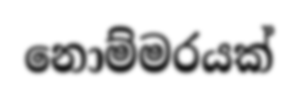
නොම්මරයක්